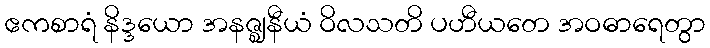
ဧကစာရံ နိဒ္ဒယော အနဇ္ဈနီယံ ဝိလသတိ ပဟီယတေ အဝဓာရေတွာ